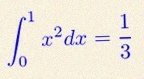
\int_0^1 x^2dx=\frac13